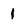
Character: 1